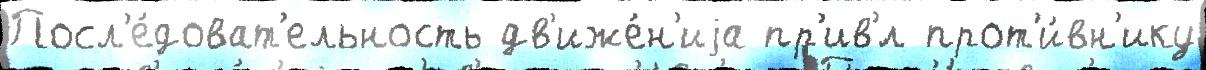
Посл'е́доват'ельность дв'иже́н'иjа пр'ив'́л прот'и́вн'ику